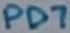
Text: PD7